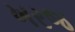
ખરજ